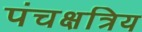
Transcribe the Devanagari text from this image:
पंचक्षत्रिय